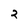
Character: 2